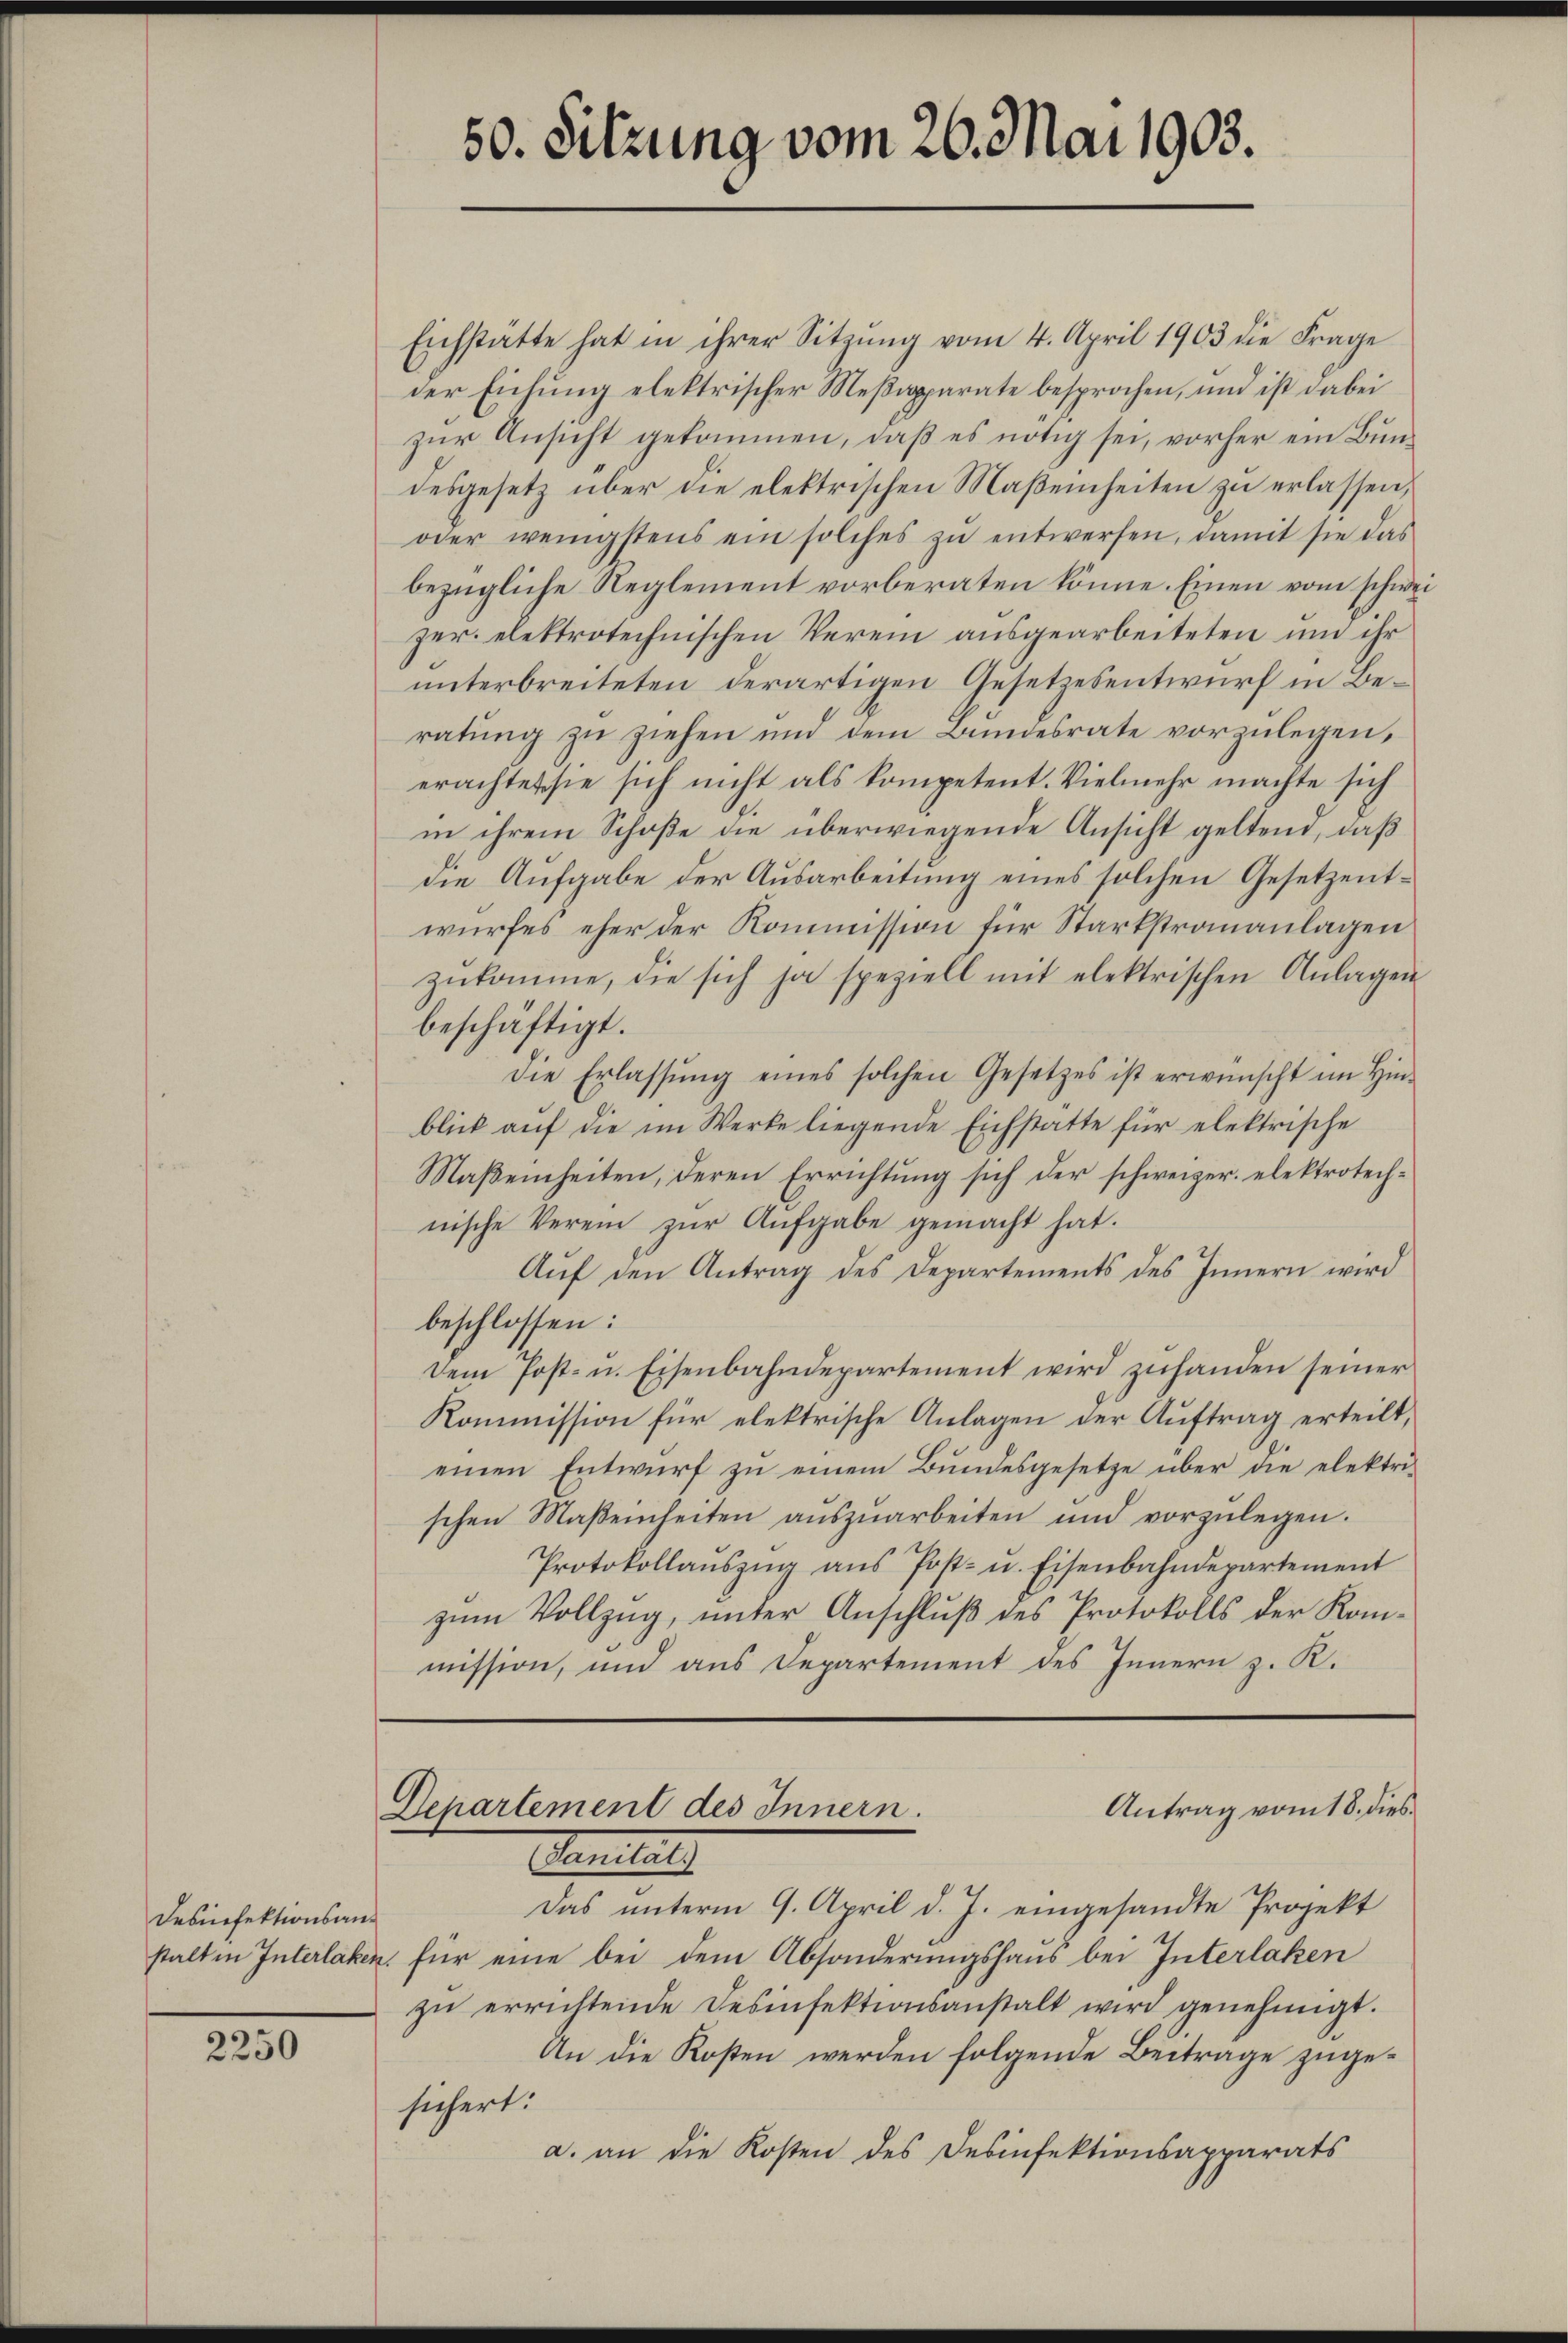
Desnefektionsan¬

2250

Eichstätte hat in ihrer Sitzŭng vom 4. April 1903 die Frage
der Eichung elektrischer Meßapparate besprochen, und ist dabei
zur Ansicht gekommen, daß es nötig sei, vorher ein Bundesgesetz über die elektrischen Maßeinheiten zu erlassen,
oder wenigstens ein solches zŭ entwerfen, damit sie das
bezügliche Reglement vorberaten könne. Einen vom schweizer elektrotechnischen Verein ausgearbeiteten um ihr
unterbreiteten derartigen Gesetzesentwurf in Beratung zu ziehen und dem Bundesrate vorzulegen,
erachtet sie sich nicht als kompetent. Vielmehr machte sich
in ihrem Schoße die überwiegende Ansicht geltend, daß
die Aufgabe der Ausarbeitung eines solchen Gesetzentwurfes eher der Kommission für Starkstrauanlagen
zŭkomme, die sich ja speziell mit elektrischen Anlagen
beschäftigt.
die Erlassŭng eines solchen Gesetzes ist erwünscht im Hin-
blick aŭf die im Werke liegende Eichstatte für elektrische
Maβenheiten, deren Errichtŭng sich der schweizer elektrotech-
nische Verein zŭr Aŭfgabe gemacht hat.
Aŭf den Antrag des Departements des Innern wird
beschlossen:
Dem Post- u. Eisenbahndepartement wird zuhanden seiner
Kommission für elektrische Anlagen der Auftrag erteilt,
einen Entwurf zu einem Bundesgesetze über die elektrischen Maβeinheiten aŭszŭarbeiten und vorzŭlegen.
Protokollaŭszŭg ans Post- u. Eisenbahndepartement
zŭm Vollzug, unter Anschluß des Protokolls der Kommission, und aus Departement des Innern z. R.

Antrag vom 18. dies
Departement des Innern.
Sanitals

50. Sitzung vom 26. Mai 1903.

Das unterm 9. April d. J. eingesandte Projekt
stalt in Interlaken, für eine bei dem Absonderungshaus bei Interlaken
zŭ errichtende Desinfektionsanstalt wird genehmigt.
An die Kosten werden folgende Beitrage zugesichert:
a. an die Kosten des Desinfektionsapparats